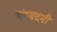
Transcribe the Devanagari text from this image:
चंदबदनी